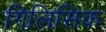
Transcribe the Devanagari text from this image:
गिलिसिक